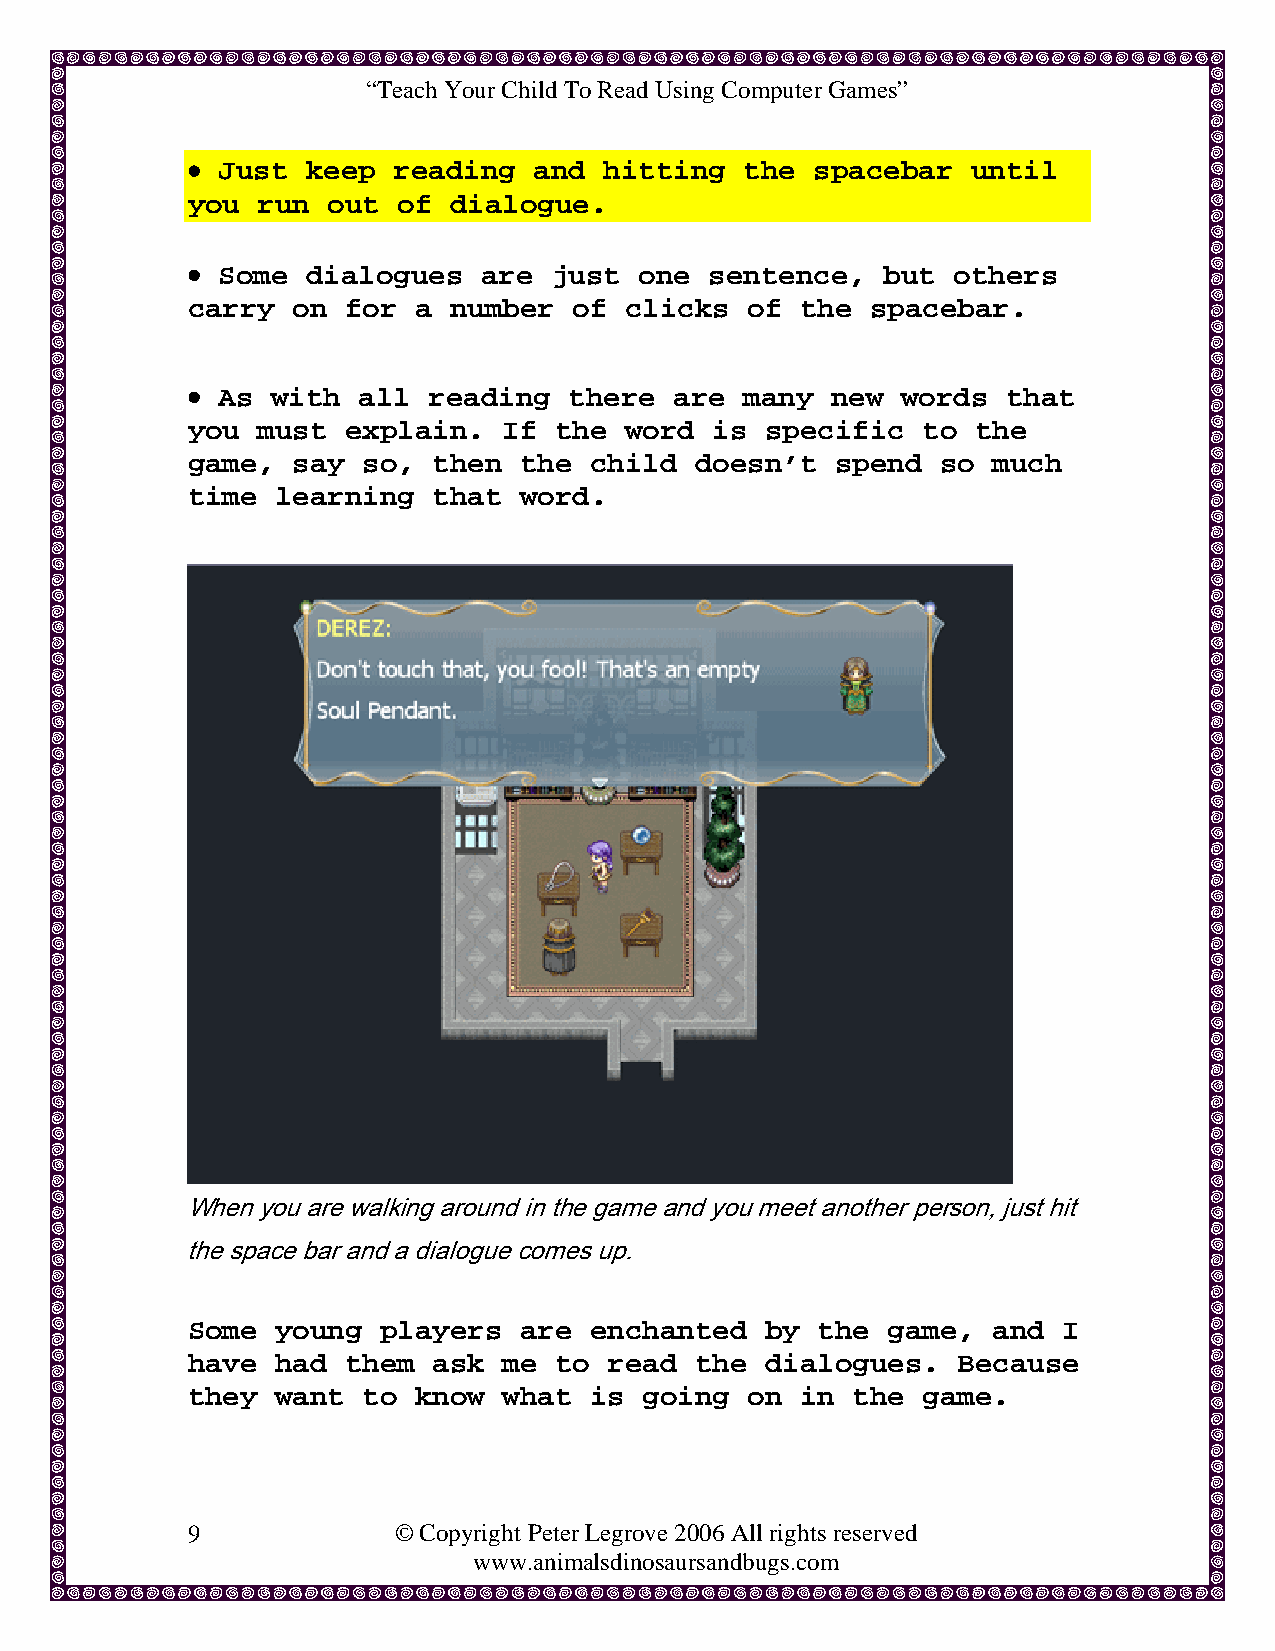
“Teach Your Child To Read Using Computer Games”
 • Just  keep  reading  and  hitting  the  spacebar  until
 you  run  out of  dialogue.
 • Some  dialogues   are just  one  sentence,  but  others
 carry  on  for a  number  of clicks  of  the  spacebar.
 • As  with  all reading   there  are many  new  words  that
 you  must  explain.  If  the word  is  specific  to  the
 game,  say  so,  then the  child  doesn’t  spend  so  much
 time  learning   that word.
 When you are walking around in the game and you meet another person, just hit
 the space bar and a dialogue comes up.
 Some  young  players  are  enchanted   by the  game,  and I
 have  had  them  ask me  to read  the  dialogues.  Because
 they  want  to know  what  is  going on  in the  game.
 9             © Copyright Peter Legrove 2006 All rights reserved
 www.animalsdinosaursandbugs.com